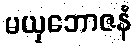
မယှဘောဇနံ